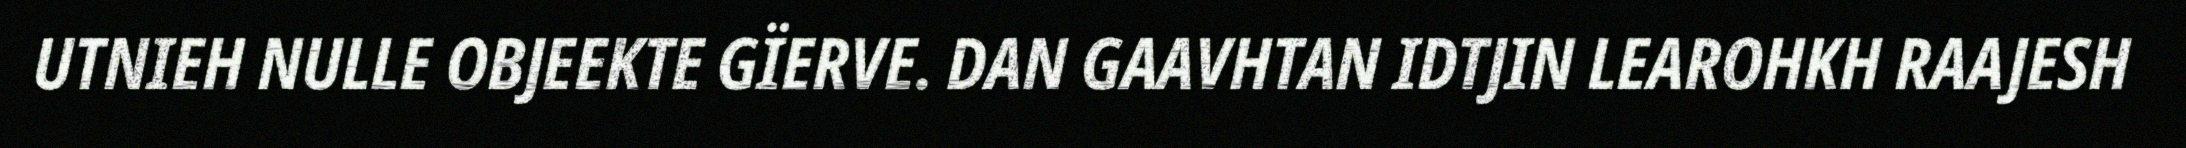
UTNIEH NULLE OBJEEKTE GÏERVE. DAN GAAVHTAN IDTJIN LEAROHKH RAAJESH